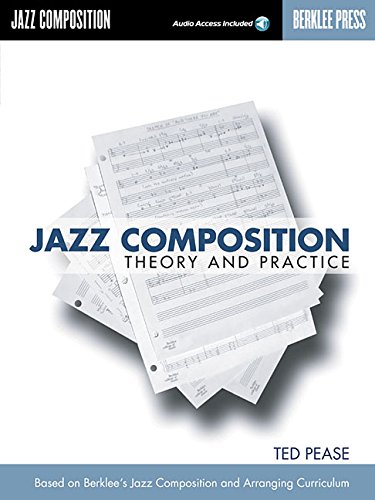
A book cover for Jazz Composition: Theory and Practice; Ted Pease; Reference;